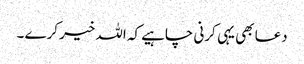
دعا بھی یہی کرنی چاہیے کہ اللہ خیر کرے ۔